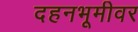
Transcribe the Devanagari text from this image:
दहनभूमीवर